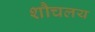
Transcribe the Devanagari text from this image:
शौचलय